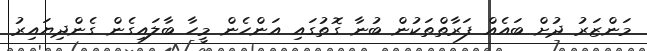
މަންޒަރު ދުށް ބައެއް ފަރާތްތަކުން ބުނާ ގޮތުގައި އަންހެން މީހާ ބާލައިގެން ގެންދިޔައިރު